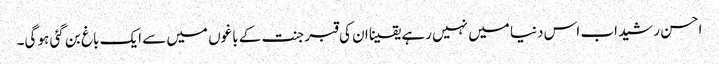
احسن رشید اب اس دنیا میں نہیں رہے یقینا ان کی قبر جنت کے باغوں میں سے ایک باغ بن گئی ہو گی۔